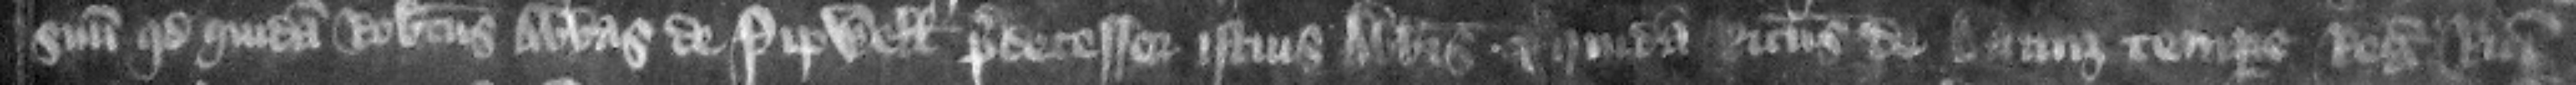
suum quod quidam Robertus abbas de Pipwell predecessor istius abbatis et quidam Ricardus de Daunz tempore regis Ricardi